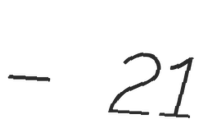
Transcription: – 21